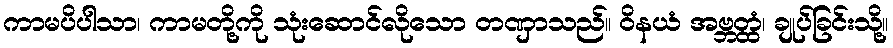
ကာမပိပါသာ၊ ကာမတို့ကို သုံးဆောင်လိုသော တဏှာသည်။ ဝိနယံ အဗ္ဘတ္ထံ၊ ချုပ်ခြင်းသို့။